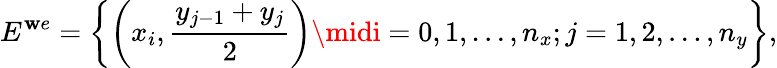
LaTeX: E^{\mathbf{w}e}=\left\{ \left(x_{i},\frac{{y_{j-1}+y_{j}}}{{2}}\right)\midi=0,1,\ldots,n_{x};j=1,2,\ldots,n_{y}\right\} ,